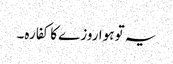
یہ تو ہوا روزے کا کفارہ۔